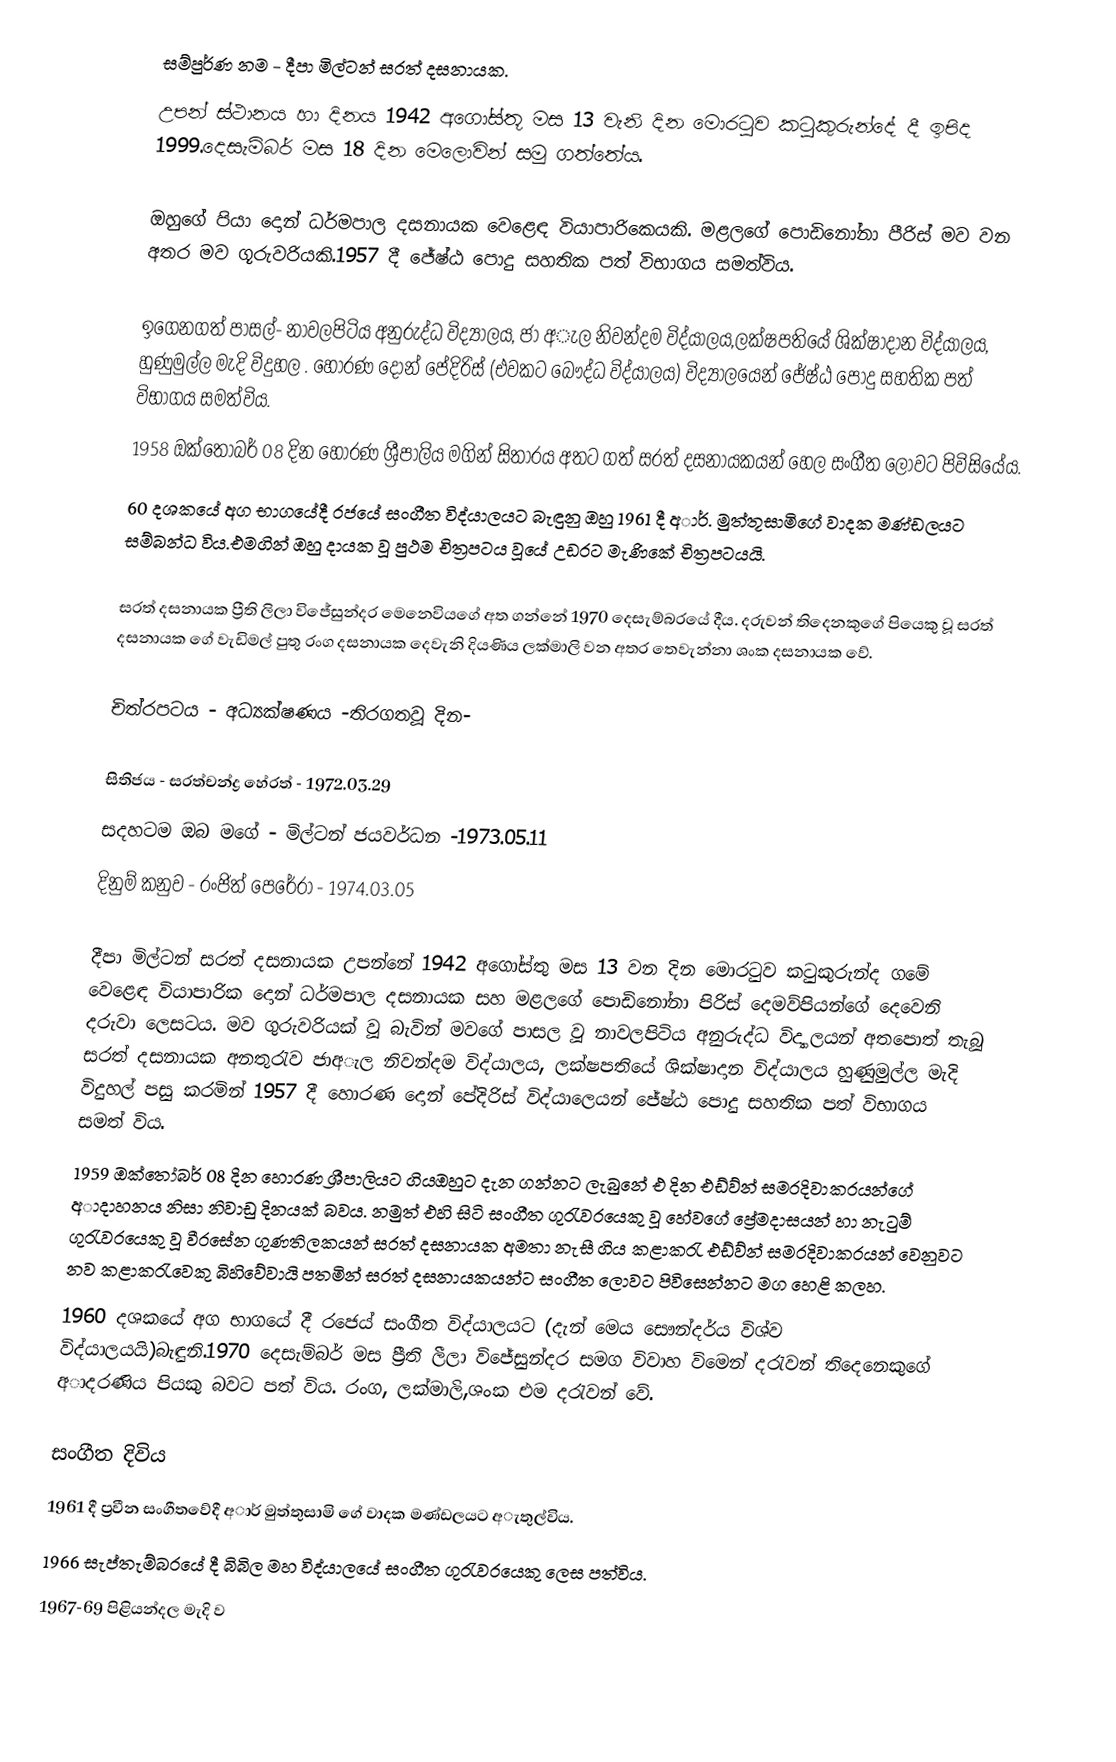
සම්පුර්ණ නම - දීපා මිල්ටන් සරත් දසනායක.
උපන් ස්ථානය හා දිනය 1942 අගෝස්තූ මස 13 වැනි දින මොරටුව කටුකුරුන්දේ දී ඉපිද 1999.දෙසැම්බර් මස 18 දින මෙලොවින් සමු ගත්තේය.

ඔහුගේ පියා දොන් ධර්මපාල දසනායක වෙ‍ළ‍ෙඳ වියාපාරිකෙයකි. මළලගේ පොඩිනෝනා පීරිස් මව වන අතර මව ගූරුවරියකි.1957 දී ජේෂ්ඨ පොදු සහතික පත් විභාගය සමත්විය.

ඉගෙනගත් පාසල්- නාවලපිටිය අනුරුද්ධ විද්‍යාලය, ජා අැල නිවන්දම විද්යාලය,ලක්ෂපතියේ ශික්ෂාදාන විද්යාලය, හුණුමුල්ල මැදි විදුහල . හොරණ දොන් පේදිරිස් (එවකට බෞද්ධ විද්යාලය) විද්‍යාලයෙන් ජේෂ්ඨ පොදු සහතික පත් විභාගය සමත්විය.
1958 ඔක්තෝබර් 08 දින හොරණ ශ්‍රීපාලිය මගින් සිතාරය අතට ගත් සරත් දසනායකයන් හෙල සංගීත ලොවට පිවිසියේය.
60 දශකයේ අග භාගයේදී රජයේ සංගීත විද්යාලයට  බැඳුනු ඔහු 1961 දී අාර්. මුත්තූසාමිගේ වාදක මණ්ඩලයට සම්බන්ධ විය.එමගින් ඔහු දායක වූ පුථම චිත්‍රපටය වූයේ උඩරට මැණිකේ චිත්‍රපටයයි.

සරත් දසනායක ප්‍රීති ලිලා විජේසුන්දර මෙනෙවියගේ අත ගන්නේ 1970 දෙසැම්බරයේ දීය. දරුවන් තිදෙනකුගේ පියෙකු වූ සරත් දසනායක ගේ වැඩිමල් පුතු රංග දසනායක දෙවැනි දියණිය ලක්මාලි වන අතර තෙවැන්නා ශංක දසනායක වේ.

චිත්රපටය      -  අධ්‍යක්ෂණය -තිරගතවූ දින-

සිතිජය         -      සරත්චන්ද්‍ර හේරත්  -     1972.03.29
සදහටම ඔබ මගේ  - මිල්ටන් ජයවර්ධන -1973.05.11
දිනුම් කනුව             -      රංජිත් පෙරේරා  - 1974.03.05

දීපා මිල්ටන් සරත් දසනායක උපන්නේ 1942 අගෝස්තු මස 13 වන දින මොරටුව කටුකුරුන්ද ගමේ වෙළෙඳ වියාපාරික දොන් ධර්මපාල දසනායක සහ මළලගේ පොඩිනෝනා පිරිස් දෙමව්පියන්ගේ දෙවෙනි දරුවා ලෙසටය. මව ගුරුවරියක් වූ බැවින් මවගේ පාසල වූ නාවලපිටිය අනුරුද්ධ විද්‍යාලයන් අතපොත් තැබූ සරත් දසනායක අනතුරැව ජාඅැල නිවන්දම විද්යාලය, ලක්ෂපතියේ ශික්ෂාදාන විද්යාලය හුණුමුල්ල මැදි විදුහල් පසු කරමින් 1957 දී හොරණ දොන් පේදිරිස් විද්යාලෙයන් ජේෂ්ඨ පොදු සහතික පත් විභාගය සමත් විය.
1959 ඔක්තෝබර් 08 දින හොරණ ශ්‍රීපාලියට ගියඔහුට දැන ගන්නට ලැබුනේ එ දින එඩ්ව්න් සමරදිවාකරයන්ගේ අාදාහනය නිසා නිවාඩු දිනයක් බවය. නමුත් එහි සිටි සංගීත ගුරැවරයෙකු වූ හේවගේ ප්‍රේමදාසයන් හා නැටුම් ගුරැවරයෙකු වූ  වීරසේන ගුණතිලකයන් සරත් දසනායක අමතා නැසී ගිය කළාකරැ එඩ්ව්න් සමරදිවාකරයන් වෙනුවට නව කළාකරැවෙකු බිහිවේවායි පතමින්  සරත් දසනායකයන්ට සංගීත ලොවට පිවිසෙන්නට මග හෙළි කලහ.
1960 දශකයේ අග භාගයේ දී රජෙය් සංගීත විද්යාලයට (දැන් මෙය සෞන්දර්ය විශ්ව විද්යාලයයි)බැඳුනි.1970 දෙසැම්බර් මස ප්‍රීති ලීලා විජේසුන්දර සමග විවාහ විමෙන් දරැවන් තිදෙනෙකුගේ අාදරණිය පියකු බවට පත් විය. රංග, ලක්මාලි,ශංක එම දරැවන් වේ.

සංගීත දිවිය
1961 දී ප්‍රවීන සංගීතවේදී අාර් මුත්තුසාමි ගේ වාදක මණ්ඩලයට අැතුල්විය.
1966 සැප්තැම්බරයේ දී බිබිල මහ විද්යාලයේ සංගීත ගුරැවරයෙකු ලෙස පත්විය.
1967-69 පිළියන්දල මැදි ව